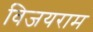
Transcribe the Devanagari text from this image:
विजयराम